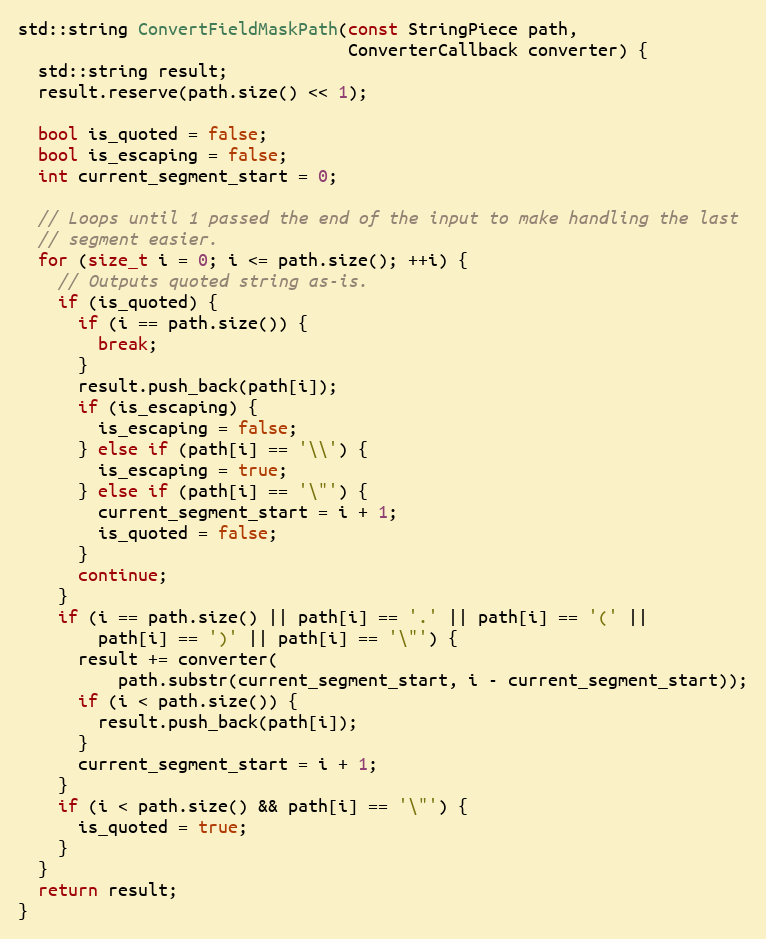
Language: C++
std::string ConvertFieldMaskPath(const StringPiece path,
                                 ConverterCallback converter) {
  std::string result;
  result.reserve(path.size() << 1);

  bool is_quoted = false;
  bool is_escaping = false;
  int current_segment_start = 0;

  // Loops until 1 passed the end of the input to make handling the last
  // segment easier.
  for (size_t i = 0; i <= path.size(); ++i) {
    // Outputs quoted string as-is.
    if (is_quoted) {
      if (i == path.size()) {
        break;
      }
      result.push_back(path[i]);
      if (is_escaping) {
        is_escaping = false;
      } else if (path[i] == '\\') {
        is_escaping = true;
      } else if (path[i] == '\"') {
        current_segment_start = i + 1;
        is_quoted = false;
      }
      continue;
    }
    if (i == path.size() || path[i] == '.' || path[i] == '(' ||
        path[i] == ')' || path[i] == '\"') {
      result += converter(
          path.substr(current_segment_start, i - current_segment_start));
      if (i < path.size()) {
        result.push_back(path[i]);
      }
      current_segment_start = i + 1;
    }
    if (i < path.size() && path[i] == '\"') {
      is_quoted = true;
    }
  }
  return result;
}